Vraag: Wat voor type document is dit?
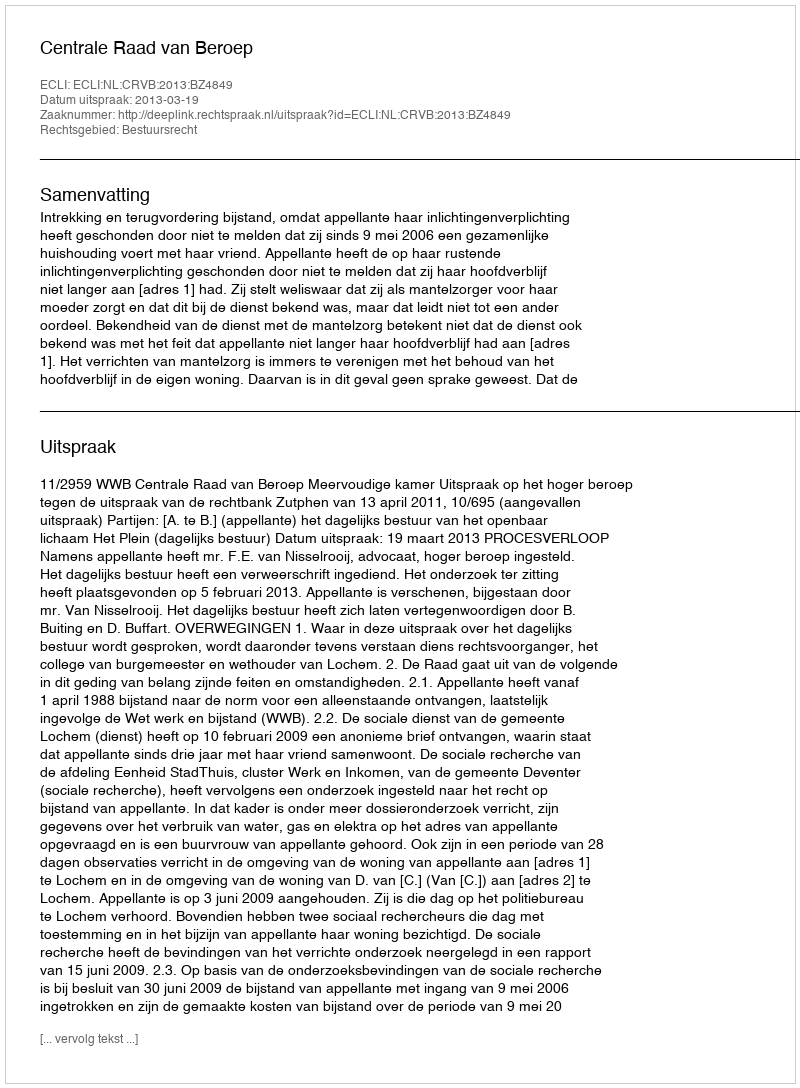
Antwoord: Uitspraak